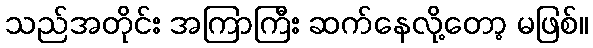
သည်အတိုင်း အကြာကြီး ဆက်နေလို့တော့ မဖြစ်။